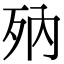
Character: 𣧍